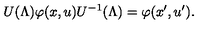
U ( \Lambda ) \varphi ( x , u ) U ^ { - 1 } ( \Lambda ) = \varphi ( x ^ { \prime } , u ^ { \prime } ) .